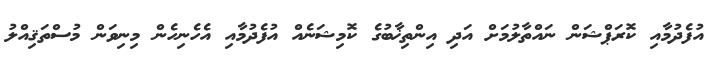
އުފެދުމާއި ކޮރަޕްޝަން ނައްތާލުމަށް އަދި އިންތިޚާބުގެ ކޮމިޝަނެއް އުފެދުމާއި އެހެނިހެން މިނިވަން މުސްތަޤިއްލު